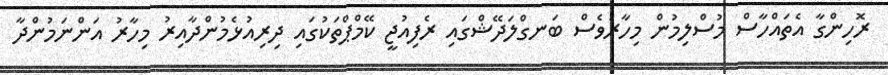
ރޮހިންގާ އެތައްހާސް މުސްލިމުން މިހާރުވެސް ބަނގްލަދޭޝްގައި ރެފިއުޖީ ކޭމްޕްތަކުގައި ދިރިއުޅެމުންދާއިރު މިހާރު އަންނަމުންދާ